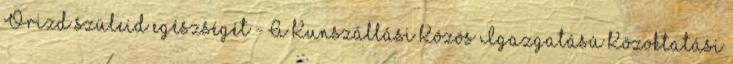
Õrizd szüleid egészségét - A Kunszállási Közös Igazgatású Közoktatási